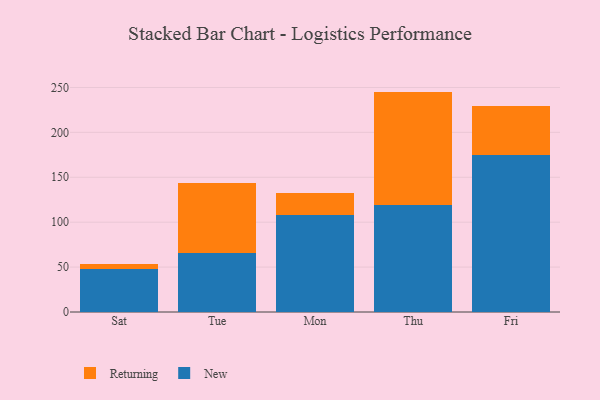
{"axis": {"x": "Day", "y": "Revenue (USD Million)"}, "legend": ["New", "Returning"], "data": [{"x": "Sat", "y": 47.6, "type": "New"}, {"x": "Sat", "y": 5.4, "type": "Returning"}, {"x": "Tue", "y": 65.2, "type": "New"}, {"x": "Tue", "y": 78.6, "type": "Returning"}, {"x": "Mon", "y": 108.1, "type": "New"}, {"x": "Mon", "y": 24.7, "type": "Returning"}, {"x": "Thu", "y": 119.5, "type": "New"}, {"x": "Thu", "y": 125.9, "type": "Returning"}, {"x": "Fri", "y": 174.4, "type": "New"}, {"x": "Fri", "y": 54.7, "type": "Returning"}]}